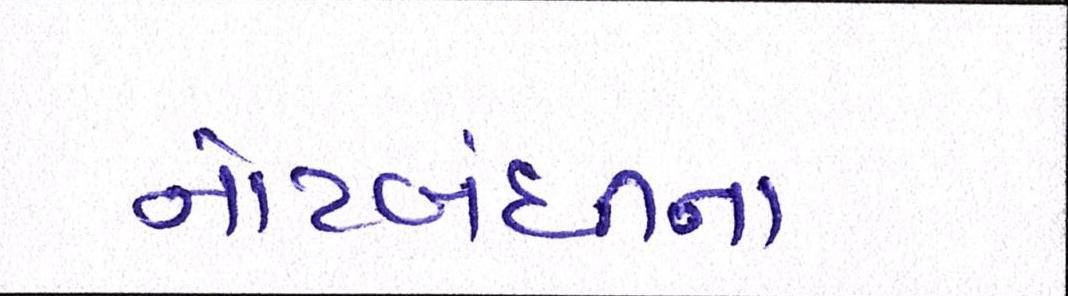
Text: નોટબંધીના